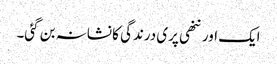
ایک اور ننھی پری درندگی کا نشانہ بن گئی۔